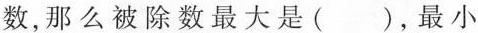
数，那么被除数最大是( )，最小